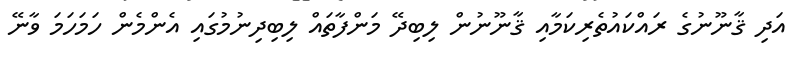
އަދި ޤާނޫނުގެ ރައްކައުތެރިކަމާއި ޤާނޫނުން ލިބިދޭ މަންފާތައް ލިބިދިނުމުގައި އެންމެން ހަމަހަމަ ވާނޭ